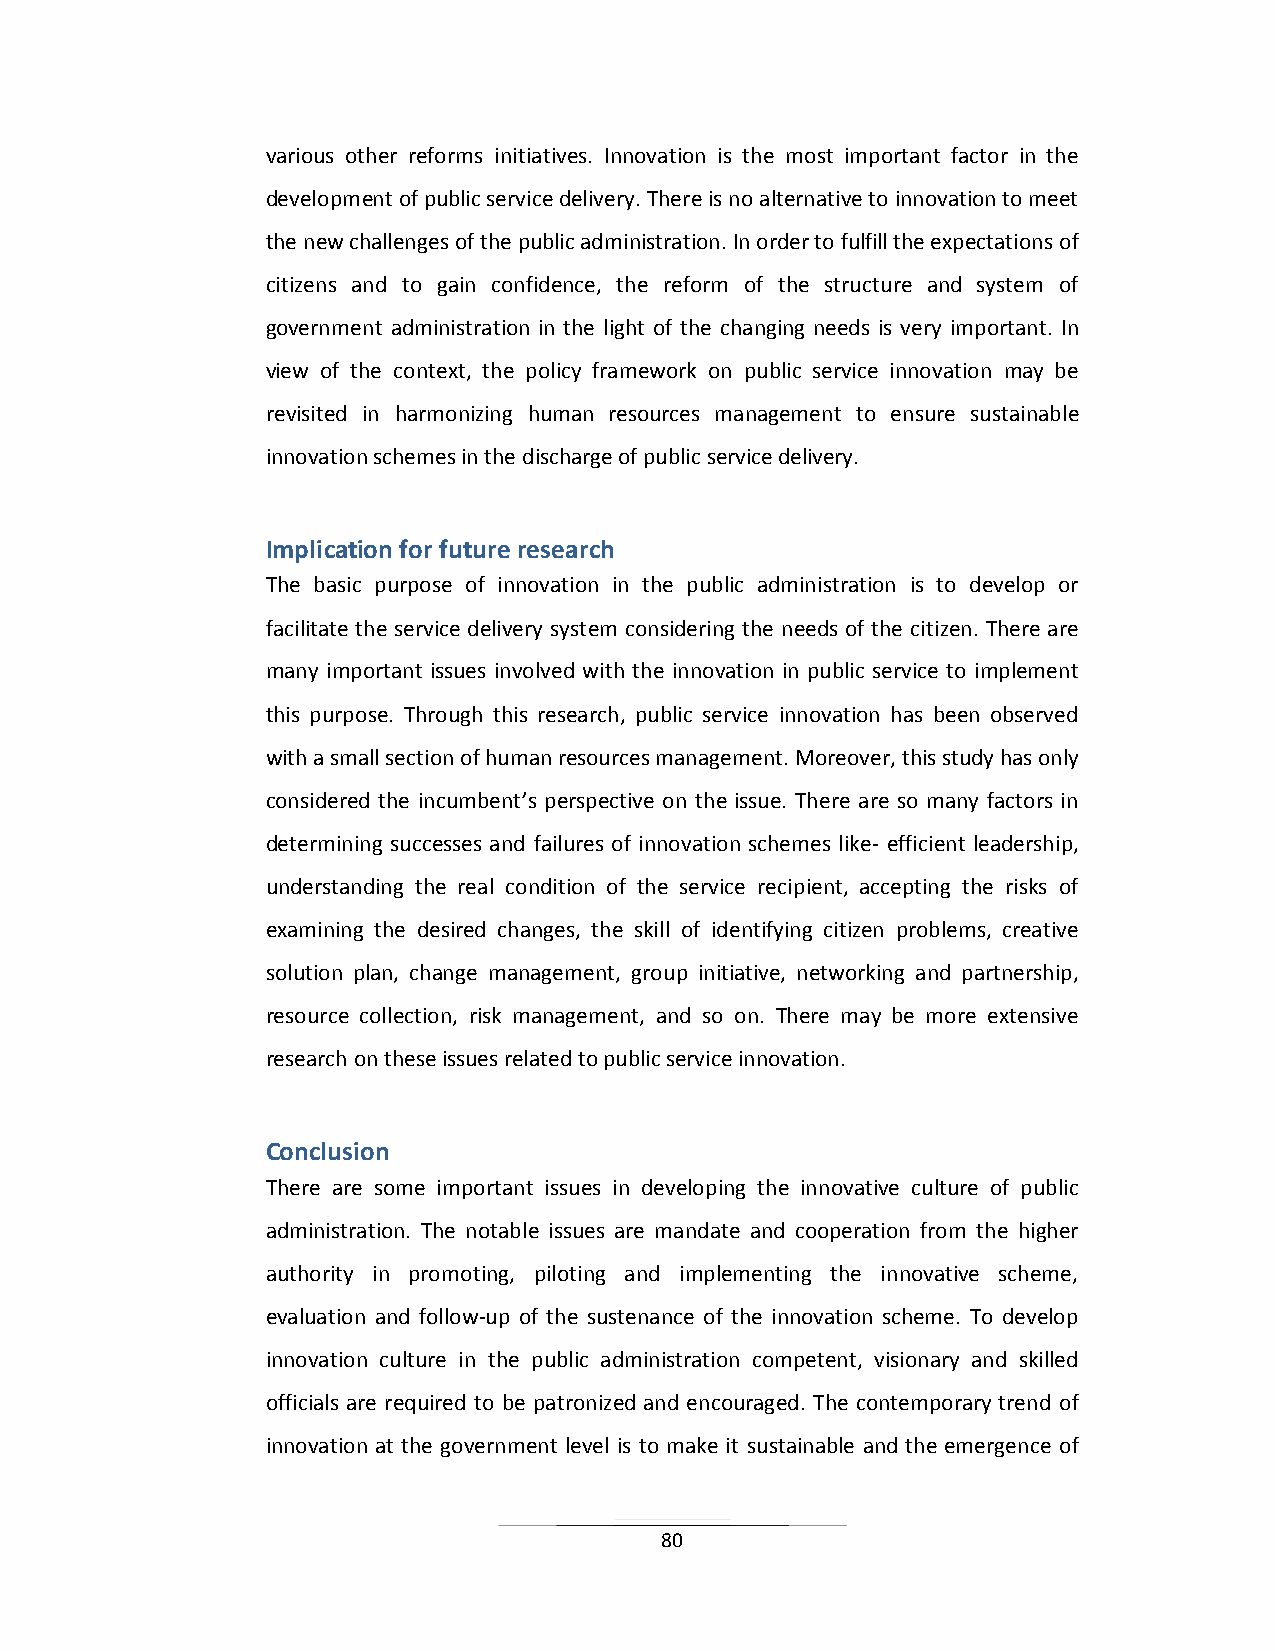
various other reforms initiatives. Innovation is the most important factor in the
 development of public service delivery. There is no alternative to innovation to meet
 the new challenges of the public administration. In order to fulfill the expectations of
 citizens and to gain confidence, the reform of the structure and system of
 government administration in the light of the changing needs is very important. In
 view of the context, the policy framework on public service innovation may be
 revisited in harmonizing human resources management to ensure sustainable
 innovation schemes in the discharge of public service delivery.
 Implication for future research
 The basic purpose of innovation in the public administration is to develop or
 facilitate the service delivery system considering the needs of the citizen. There are
 many important issues involved with the innovation in public service to implement
 this purpose. Through this research, public service innovation has been observed
 with a small section of human resources management. Moreover, this study has only
 considered the incumbent’s perspective on the issue. There are so many factors in
 determining successes and failures of innovation schemes like- efficient leadership,
 understanding the real condition of the service recipient, accepting the risks of
 examining the desired changes, the skill of identifying citizen problems, creative
 solution plan, change management, group initiative, networking and partnership,
 resource collection, risk management, and so on. There may be more extensive
 research on these issues related to public service innovation.
 Conclusion
 There are some important issues in developing the innovative culture of public
 administration. The notable issues are mandate and cooperation from the higher
 authority in promoting, piloting and implementing the innovative scheme,
 evaluation and follow-up of the sustenance of the innovation scheme. To develop
 innovation culture in the public administration competent, visionary and skilled
 officials are required to be patronized and encouraged. The contemporary trend of
 innovation at the government level is to make it sustainable and the emergence of
 80